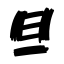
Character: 旦